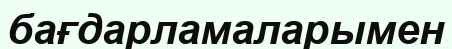
бағдарламаларымен